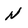
Character: N